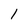
Character: I